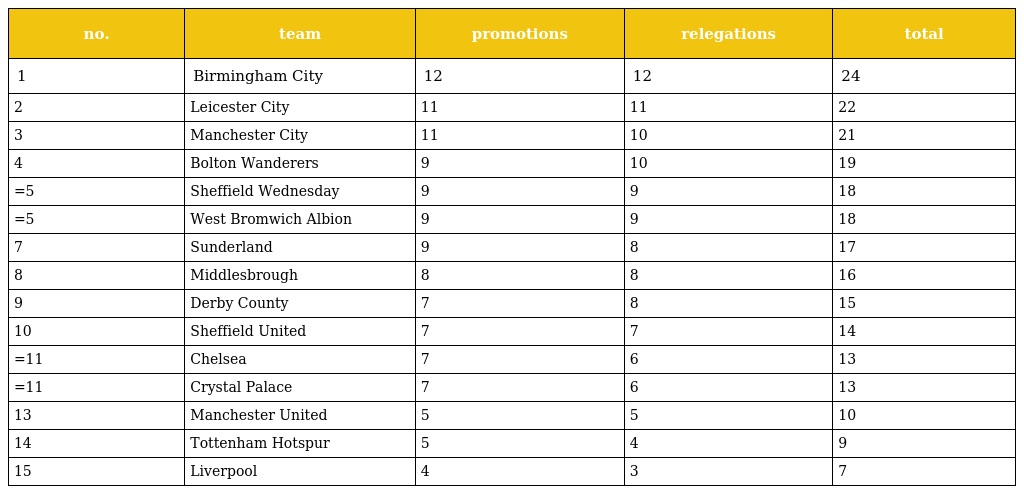
| no. | team | promotions | relegations | total |
 | --- | --- | --- | --- | --- |
 | 1 | Birmingham City | 12 | 12 | 24 |
 | 2 | Leicester City | 11 | 11 | 22 |
 | 3 | Manchester City | 11 | 10 | 21 |
 | 4 | Bolton Wanderers | 9 | 10 | 19 |
 | =5 | Sheffield Wednesday | 9 | 9 | 18 |
 | =5 | West Bromwich Albion | 9 | 9 | 18 |
 | 7 | Sunderland | 9 | 8 | 17 |
 | 8 | Middlesbrough | 8 | 8 | 16 |
 | 9 | Derby County | 7 | 8 | 15 |
 | 10 | Sheffield United | 7 | 7 | 14 |
 | =11 | Chelsea | 7 | 6 | 13 |
 | =11 | Crystal Palace | 7 | 6 | 13 |
 | 13 | Manchester United | 5 | 5 | 10 |
 | 14 | Tottenham Hotspur | 5 | 4 | 9 |
 | 15 | Liverpool | 4 | 3 | 7 |